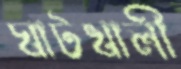
ঘাটখালী